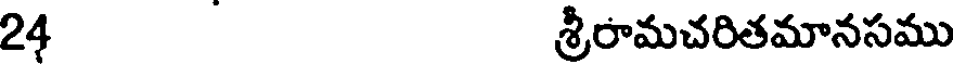
24 శ్రీరామచరితమానసము